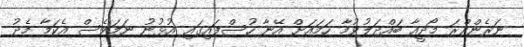
ނަރެންދްރަ މޯދީއާ ބައްދަލުވުމާ ހަމައަށް އޭނާ ހުސްފައިގައި އުޅުނު ނަމަވެސް އެކަމާ މެދު